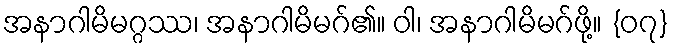
အနာဂါမိမဂ္ဂဿ၊ အနာဂါမိမဂ်၏။ ဝါ၊ အနာဂါမိမဂ်ဖို့။ {၀၇}